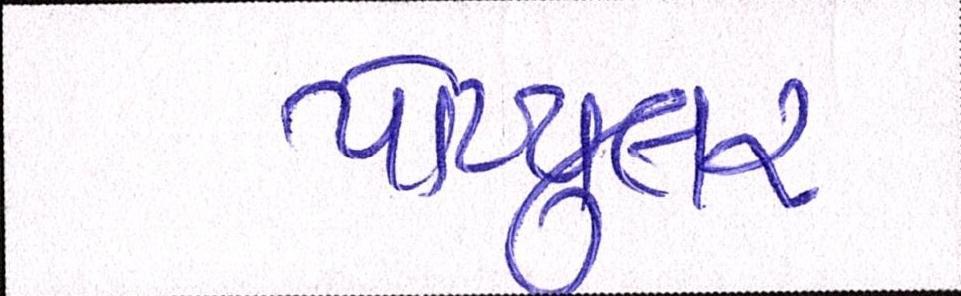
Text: પોપ્યુલર